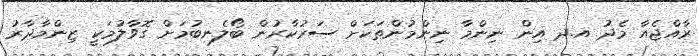
ރާއްޖެއާ މެދު އ.ދ އިން ނިންމާ ނިންމުންތަކަށް ސަރުކާރުން ބޯލެނބުމަށް ގޮވާލުމަކީ ޒިންމާދާރު